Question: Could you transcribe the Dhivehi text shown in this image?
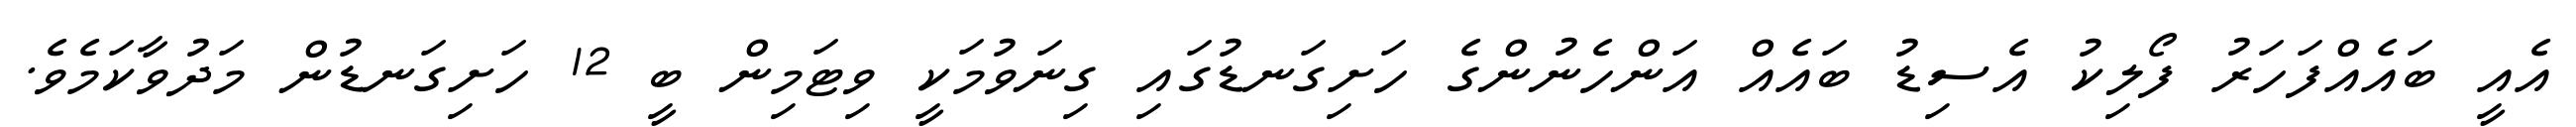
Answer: އެއީ ބައެއްފަހަރު ފޯލިކު އެސިޑު ބައެއް އަންހެނުންގެ ހަށިގަނޑުގައި ގިނަވުމަކީ ވިޓަމިން ބީ 12 ހަށިގަނޑުން މަދުވާކަމެވެ.